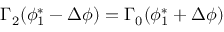
\Gamma _ { 2 } ( \phi _ { 1 } ^ { * } - \Delta \phi ) = \Gamma _ { 0 } ( \phi _ { 1 } ^ { * } + \Delta \phi )